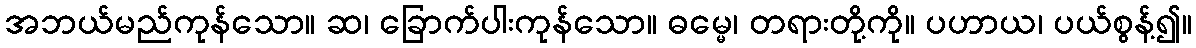
အဘယ်မည်ကုန်သော။ ဆ၊ ခြောက်ပါးကုန်သော။ ဓမ္မေ၊ တရားတို့ကို။ ပဟာယ၊ ပယ်စွန့်၍။